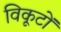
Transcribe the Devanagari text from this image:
विकूटों